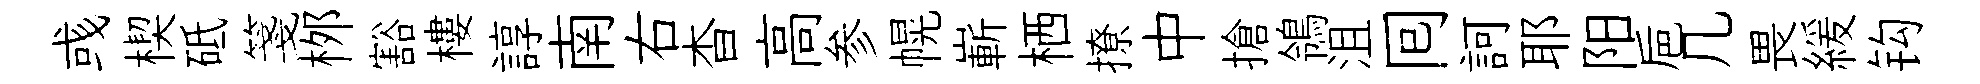
彧楔砥箋桞豁樓諄南右杳高参幌嶄栖撩中搶鴒沮囘訶耶阳巵几畏緩钩